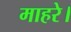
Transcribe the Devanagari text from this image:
माहरे।